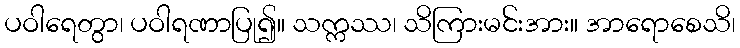
ပဝါရေတွာ၊ ပဝါရဏာပြု၍။ သက္ကဿ၊ သိကြားမင်းအား။ အာရောစေသိ၊